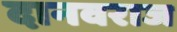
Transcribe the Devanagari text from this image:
दानवराज